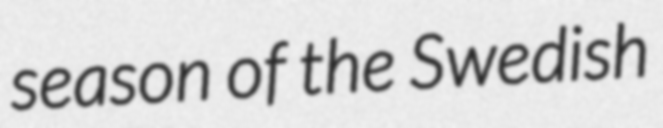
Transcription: season of the Swedish